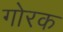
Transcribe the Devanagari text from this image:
गोरक